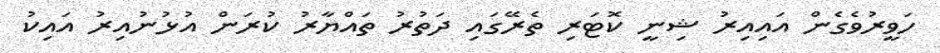
ހަވީރުވެގެން އައިއިރު ޝިނީ ކޮޓަރި ތެރޭގައި ދަތުރު ތައްޔާރު ކުރަން އުޅުނުއިރު އައިކު